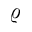
\varrho